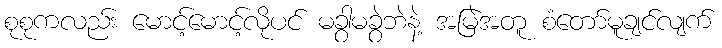
စုစုကလည်း မောင့်မောင့်လိုပင် မခွာမခွဲဘဲနဲ့ အမြဲအတူ စံတော်မူချင်လျက်